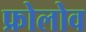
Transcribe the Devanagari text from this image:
फ्रोलोव